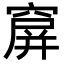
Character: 𥧋